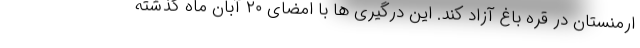
ارمنستان در قره باغ آزاد کند. این درگیری ها با امضای ۲۰ آبان ماه گذشته